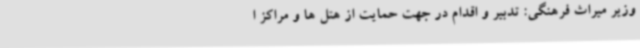
وزیر میراث فرهنگی: تدبیر و اقدام در جهت حمایت از هتل ها و مراکز ا